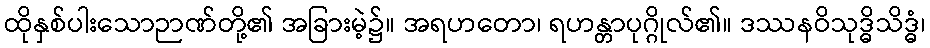
ထိုနှစ်ပါးသောဉာဏ်တို့၏ အခြားမဲ့၌။ အရဟတော၊ ရဟန္တာပုဂ္ဂိုလ်၏။ ဒဿနဝိသုဒ္ဓိသိဒ္ဓံ၊